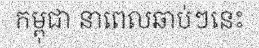
កម្ពុជា នាពេលឆាប់ៗនេះ